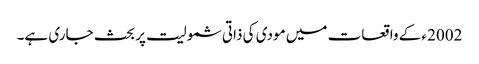
2002ء کے واقعات میں مودی کی ذاتی شمولیت پر بحث جاری ہے۔